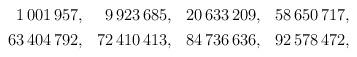
LaTeX: \begin{align*}\begin{aligned} 1\,001\,957 &,& 9\,923\,685 &,& 20\,633\,209 &,& 58\,650\,717, \\ 63\,404\,792 &,& 72\,410\,413 &,& 84\,736\,636 &,& 92\,578\,472, \end{aligned}\end{align*}